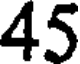
45